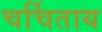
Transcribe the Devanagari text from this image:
चर्चिताय